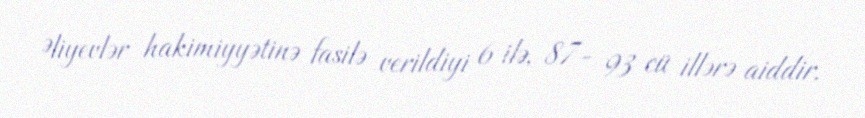
Əliyevlər hakimiyyətinə fasilə verildiyi 6 ilə, 87- 93 cü illərə aiddir.